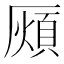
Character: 𭆖